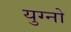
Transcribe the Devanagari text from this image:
युग्नो